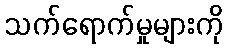
သက်ရောက်မှုများကို